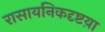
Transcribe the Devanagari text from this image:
रासायनिकदृष्टय़ा